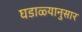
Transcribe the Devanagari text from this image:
घडाळ्यानुसार